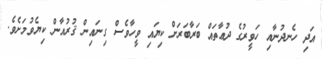
އަދި ހެނދުނާއި ހަވީރުގެ ދުޢާތައް ބަރާބަރަށް ކިޔައި ވީހާވެސް ގިނައިން ޤުރުއާން ކިޔެވުމަށެވެ.